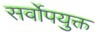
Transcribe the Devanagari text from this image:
सर्वोपयुक्त